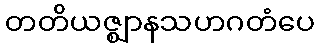
တတိယဇ္ဈာနသဟဂတံပေ